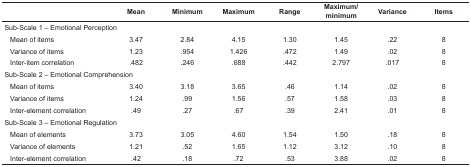
| <COLSPAN=2>  | Mean | Minimum | Maximum | Range | Maximum/minimum | Variance | Items |
 | --- | --- | --- | --- | --- | --- | --- | --- | --- |
 | <COLSPAN=9> Sub-Scale 1 – Emotional Perception |
 |  | Mean of items | 3.47 | 2.84 | 4.15 | 1.30 | 1.45 | .22 | 8 |
 |  | Variance of items | 1.23 | .954 | 1.426 | .472 | 1.49 | .02 | 8 |
 |  | Inter-item correlation | .482 | .246 | .688 | .442 | 2.797 | .017 | 8 |
 | <COLSPAN=9> Sub-Scale 2 – Emotional Comprehension |
 |  | Mean of items | 3.40 | 3.18 | 3.65 | .46 | 1.14 | .02 | 8 |
 |  | Variance of items | 1.24 | .99 | 1.56 | .57 | 1.58 | .03 | 8 |
 |  | Inter-elementcorrelation | .49 | .27 | .67 | .39 | 2.41 | .01 | 8 |
 | <COLSPAN=9> Sub-Scale 3 – Emotional Regulation |
 |  | Mean of elements | 3.73 | 3.05 | 4.60 | 1.54 | 1.50 | .18 | 8 |
 |  | Variance of elements | 1.21 | .52 | 1.65 | 1.12 | 3.12 | .10 | 8 |
 |  | Inter-elementcorrelation | .42 | .18 | .72 | .53 | 3.88 | .02 | 8 |